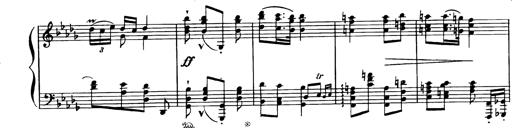
Title: Magyar dalok
Composer: Franz Liszt